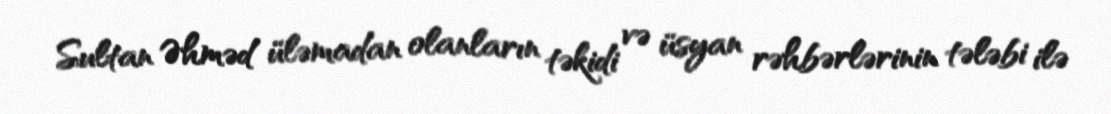
Sultan Əhməd üləmadan olanların təkidi və üsyan rəhbərlərinin tələbi ilə